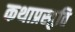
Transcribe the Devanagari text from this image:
कथाप्रस्तुति